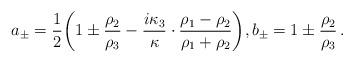
LaTeX: \begin{align*}a_\pm = \frac{1}{2}\biggl(1\pm\frac{\rho_2}{\rho_3}-\frac{i\kappa_3}{\kappa}\cdot\frac{\rho_1-\rho_2}{\rho_1+\rho_2}\biggr),b_\pm = 1 \pm \frac{\rho_2}{\rho_3}\,.\end{align*}